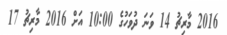
2016 މާރިޗު 14 ވަނަ ދުވަހުގެ 10:00 އަށް 2016 މާރިޗު 17